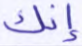
إنك